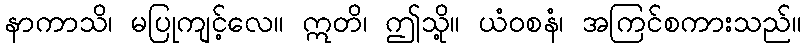
နာကာသိ၊ မပြုကျင့်လေ။ ဣတိ၊ ဤသို့။ ယံဝစနံ၊ အကြင်စကားသည်။